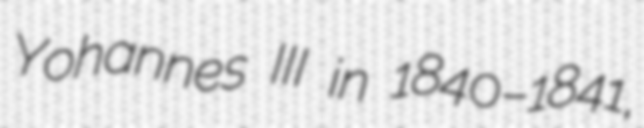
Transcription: Yohannes III in 1840–1841,